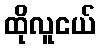
ထိုလူငယ်